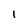
Character: 1